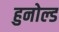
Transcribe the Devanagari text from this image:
हुनोल्ड